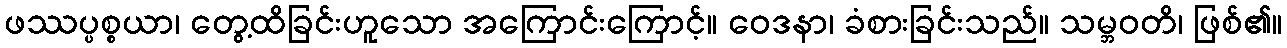
ဖဿပ္ပစ္စယာ၊ တွေ့ထိခြင်းဟူသော အကြောင်းကြောင့်။ ဝေဒနာ၊ ခံစားခြင်းသည်။ သမ္ဘဝတိ၊ ဖြစ်၏။